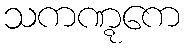
သကဏ္ဋကေ